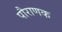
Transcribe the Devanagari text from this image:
पौराणक